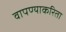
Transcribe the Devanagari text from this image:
वापण्‍याकरिता